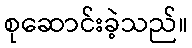
စုဆောင်းခဲ့သည်။